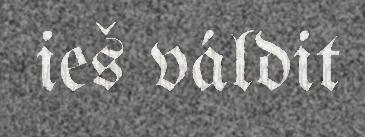
ieš váldit